65_HS1-834228961_62-HQ-83894_Section_9
Agency: FBI
Page 283
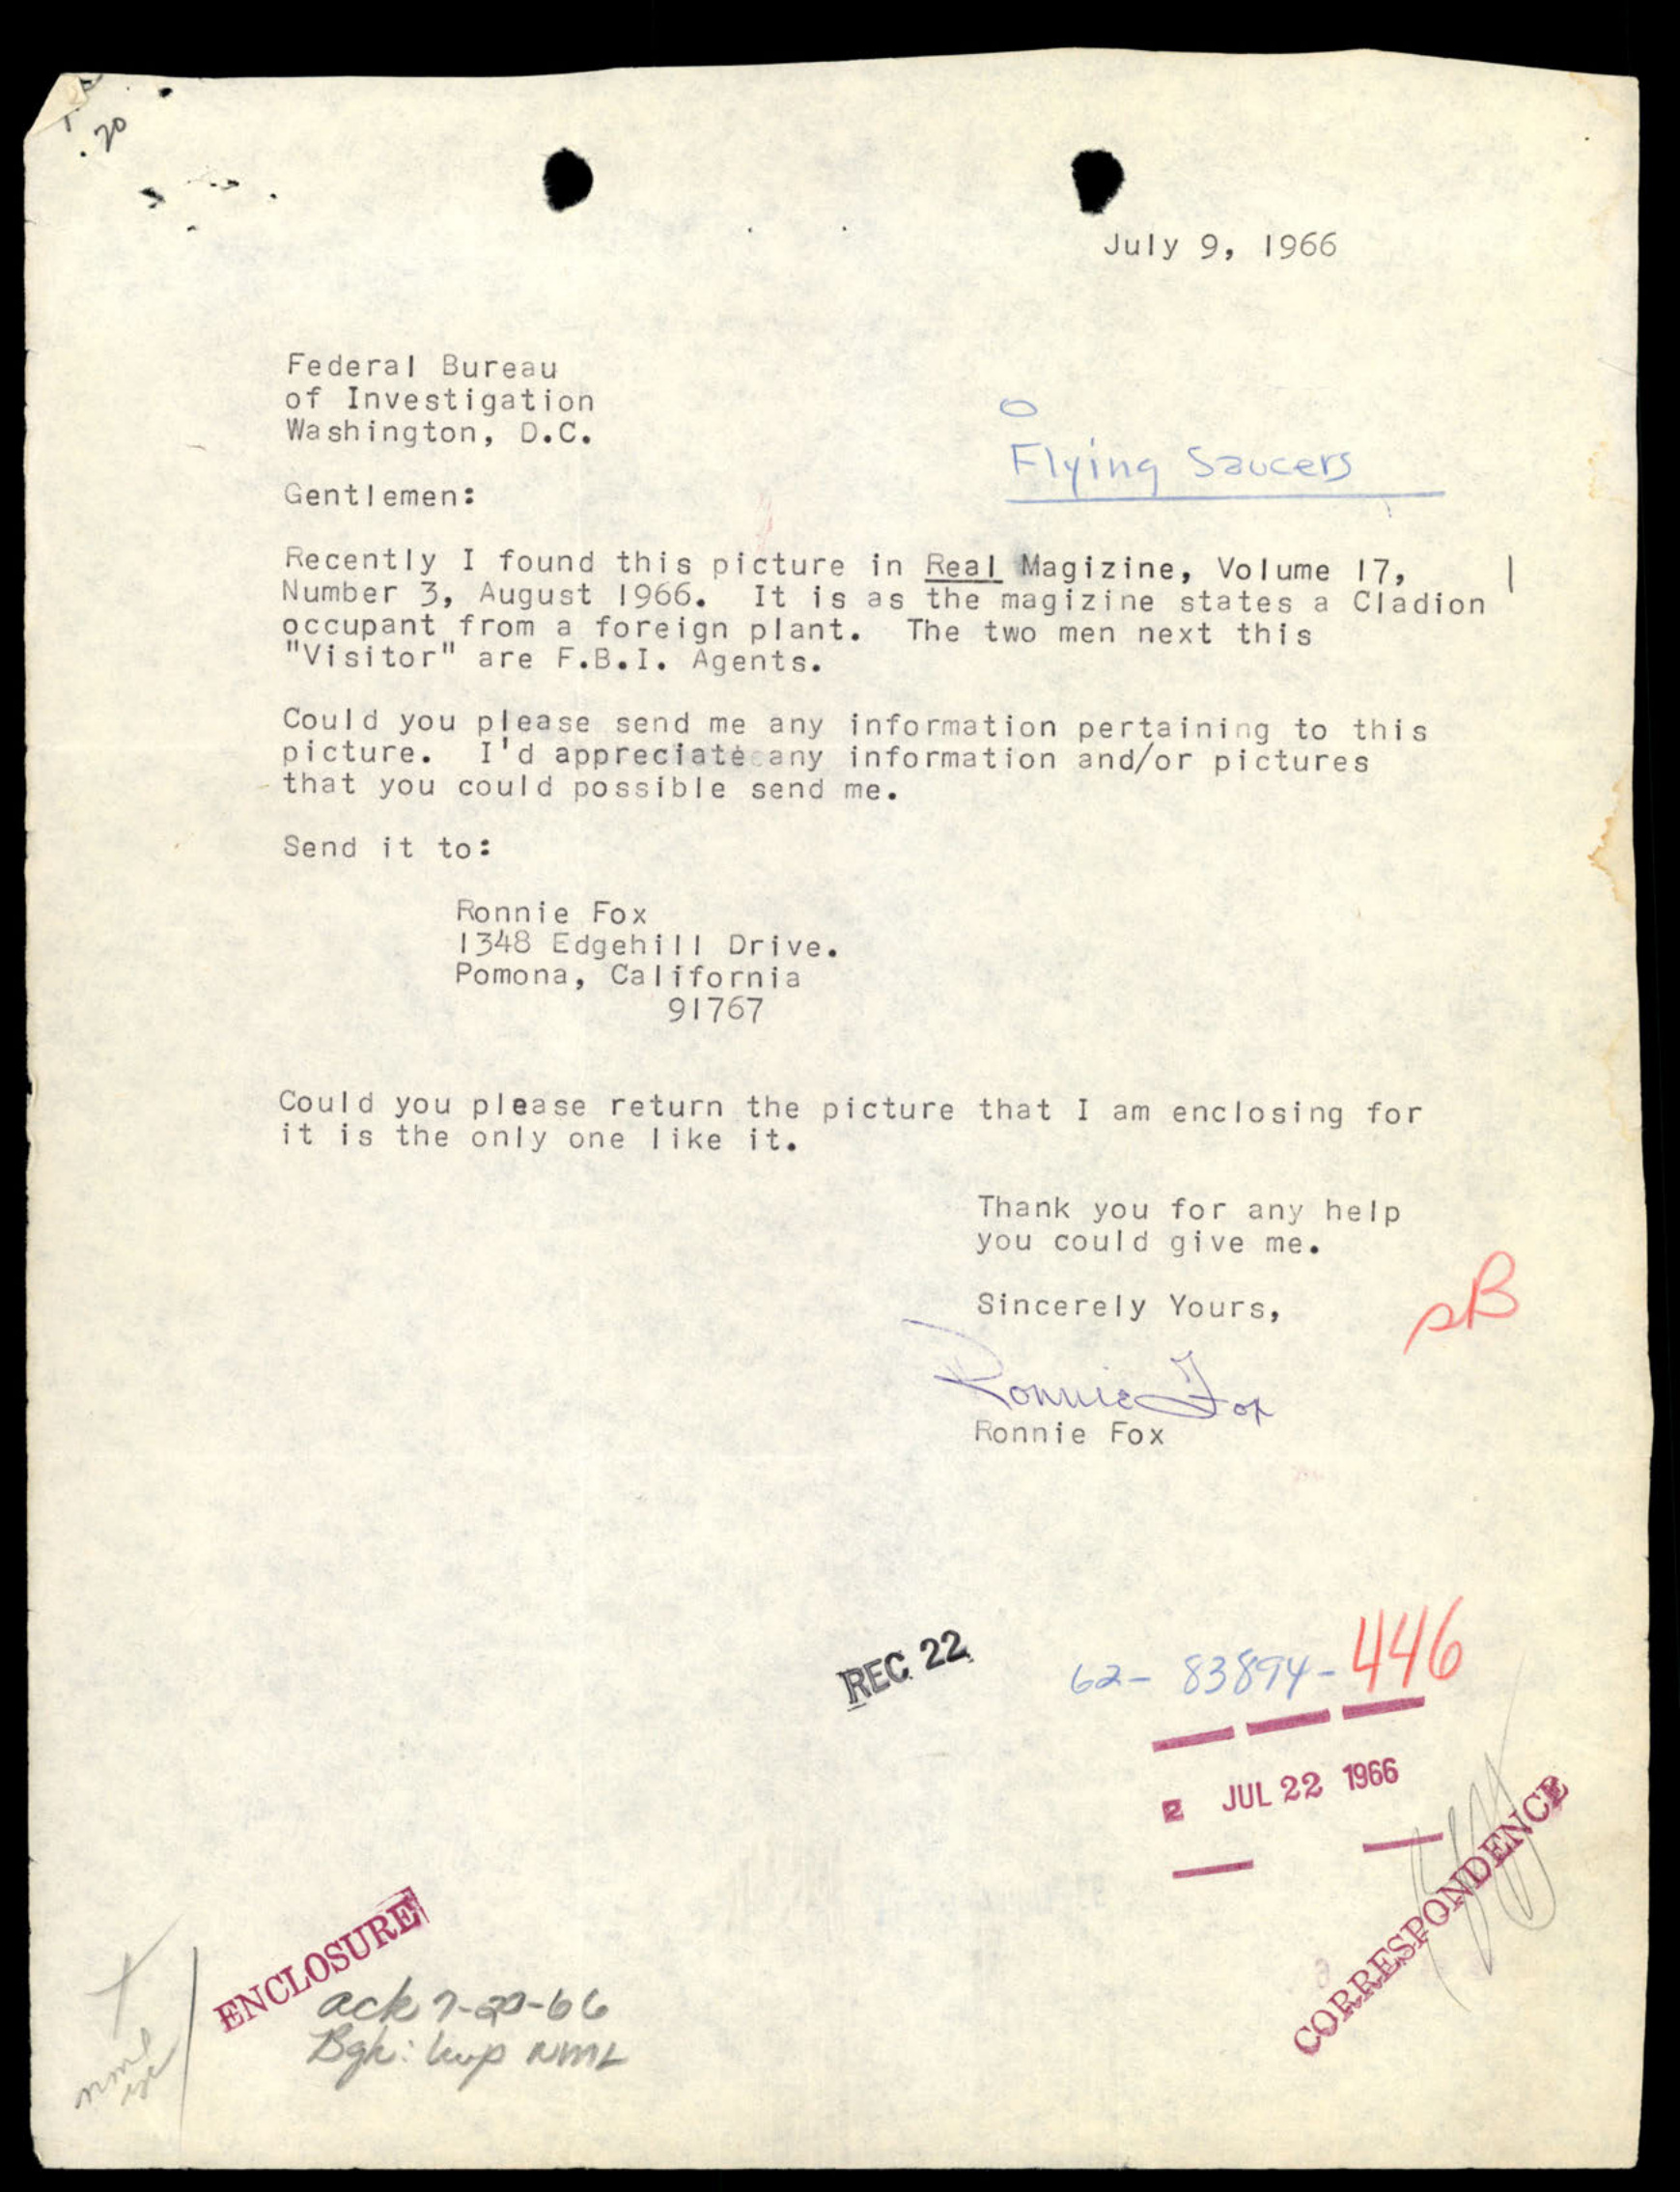